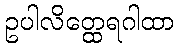
ဥပါလိတ္ထေရဂါထာ